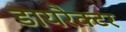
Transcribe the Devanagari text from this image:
डायरैक्टर